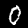
Label: 0